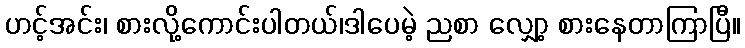
ဟင့်အင်း၊ စားလို့ကောင်းပါတယ်၊ဒါပေမဲ့ ညစာ လျှော့ စားနေတာကြာပြီ။